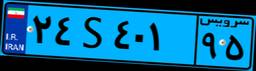
۲۳S۶۳۶۱۷